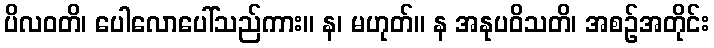
ပိလဝတိ၊ ပေါလောပေါ်သည်ကား။ န၊ မဟုတ်။ န အနုပဝိသတိ၊ အစဉ်အတိုင်း